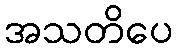
အသတိပေ